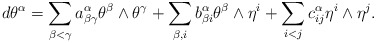
\begin{align*}d\theta^{\alpha}&=\sum_{\beta < \gamma} a_{\beta \gamma}^{\alpha} \theta^{\beta} \wedge \theta^{\gamma} + \sum_{\beta, i}b_{\beta i}^{\alpha} \theta^{\beta} \wedge \eta^i + \sum_{i <j}c_{ij}^{\alpha} \eta^i \wedge \eta^j. \end{align*}